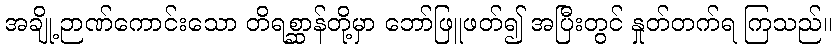
အချို့ဉာဏ်ကောင်းသော တိရစ္ဆာန်တို့မှာ ဘော်ဖြူဖတ်၍ အပြီးတွင် နှုတ်တက်ရ ကြသည်။